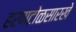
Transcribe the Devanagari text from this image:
हरणटोळसारखे